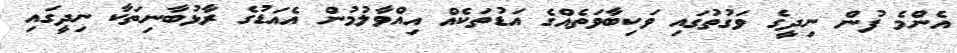
އެންމެ ފުން ނިދީގެ ވަގުތުގައި ވަކިބާވަތެއްގެ އަޑުތަކެއް އިއްވާލުމުން އެއަޑުގެ ރާޅުބާނިތަކާ ނިދީގައި